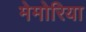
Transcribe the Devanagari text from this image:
मेमोरिया